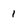
Character: l